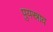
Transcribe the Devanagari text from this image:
पुयस्राव